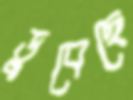
ডুবেছে